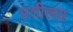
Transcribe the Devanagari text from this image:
प्रतीलय